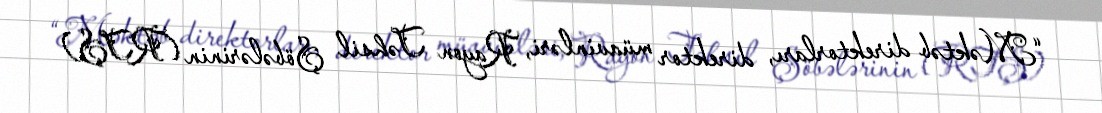
“Məktəb direktorları, direktor müavinləri, Rayon Təhsil Şöbələrinin (RTŞ)